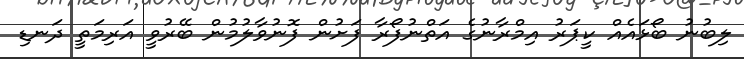
ލިބުނު ބޯޅައެއް ކީޕަރު އިމްރާނުގެ އަތްނުފޯރާ ފަށުން ފޮނުވާލުމުން ބޭރުވީ އަރިމަތީ ދަނޑި